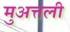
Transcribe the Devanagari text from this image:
मुअत्तली